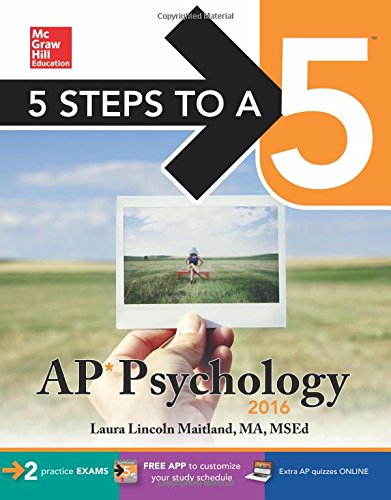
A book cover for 5 Steps to a 5 AP Psychology 2016 (5 Steps to a 5 on the Advanced Placement Examinations Series); Laura Maitland; Test Preparation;